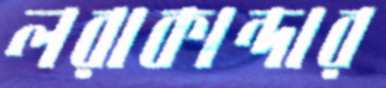
লরাকান্দার